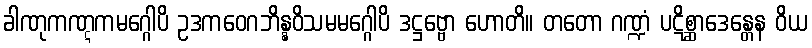
ခါဏုကဏ္ဋကမဂ္ဂေါပိ ဥဒကဝေဂဘိန္နဝိသမမဂ္ဂေါပိ ဒဋ္ဌဗ္ဗော ဟောတိ။ တတော ဂဏ္ဍံ ပဋိစ္ဆာဒေန္တေန ဝိယ